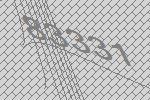
83331